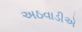
અઠવાડીએ